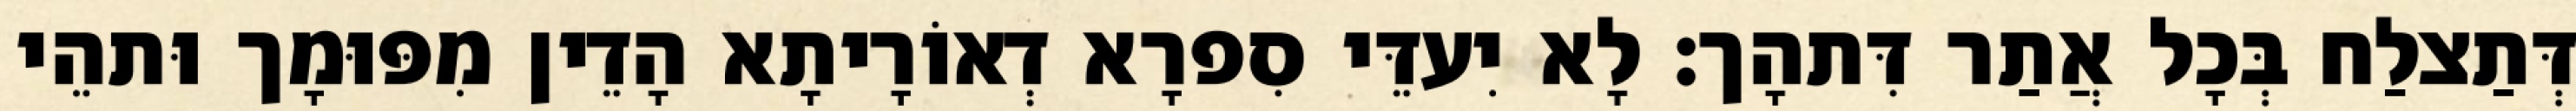
דְּתַצלַח בְּכָל אֲתַר דִּתהָך׃ לָא יִעדֵּי סִפרָא דְאוֹרָיתָא הָדֵין מִפּוּמָך וּתהֵי